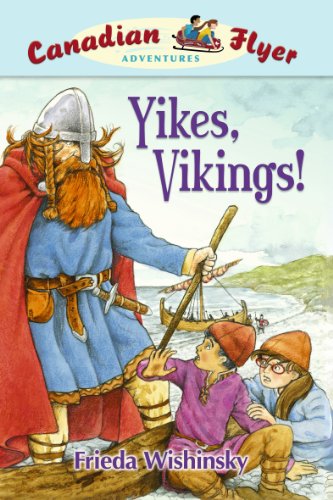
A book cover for Yikes, Vikings! (Canadian Flyer Adventures #4); Frieda Wishinsky; Children's Books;